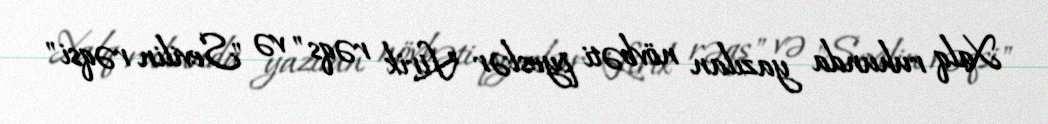
Xalq ruhunda yazılan növbəti pyeslər "Lirik rəqs" və "Sevilin rəqsi"